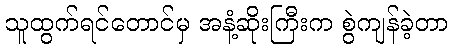
သူထွက်ရင်တောင်မှ အနံ့ဆိုးကြီးက စွဲကျန်ခဲ့တာ